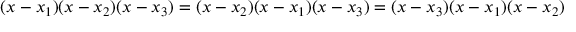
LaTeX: ( x - x _ { 1 } ) ( x - x _ { 2 } ) ( x - x _ { 3 } ) = ( x - x _ { 2 } ) ( x - x _ { 1 } ) ( x - x _ { 3 } ) = ( x - x _ { 3 } ) ( x - x _ { 1 } ) ( x - x _ { 2 } )